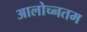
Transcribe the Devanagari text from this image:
आलोच्नतम